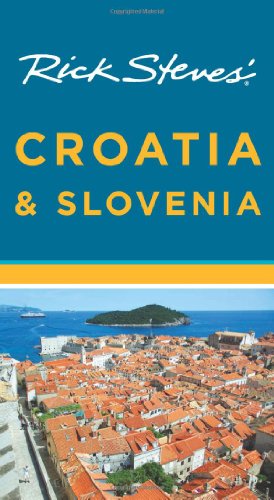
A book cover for Rick Steves' Croatia and Slovenia; Rick Steves; Travel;